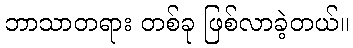
ဘာသာတရား တစ်ခု ဖြစ်လာခဲ့တယ်။